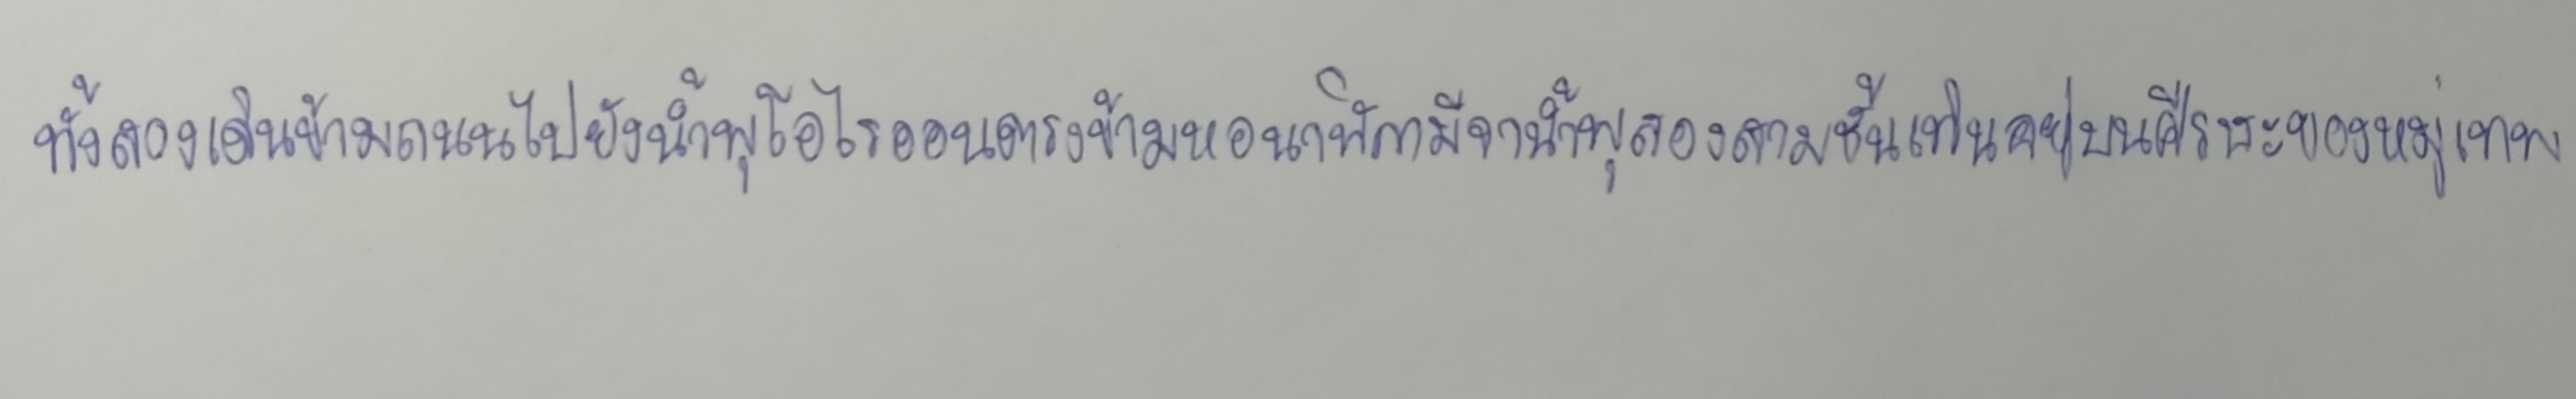
ทั้งสองเดินข้ามถนนไปยังน้ำพุโอไรออนตรงข้ามหอนาฬิกามีจาน้ำพุสองสามชั้นเทินอยู่บนศีรษะของหมู่เทพ